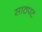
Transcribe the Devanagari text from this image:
साठपट